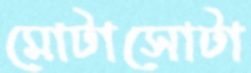
মোটাসোটা